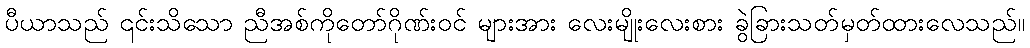
ပီယာသည် ၎င်းသိသော ညီအစ်ကိုတော်ဂိုဏ်းဝင် များအား လေးမျိုးလေးစား ခွဲခြားသတ်မှတ်ထားလေသည်။